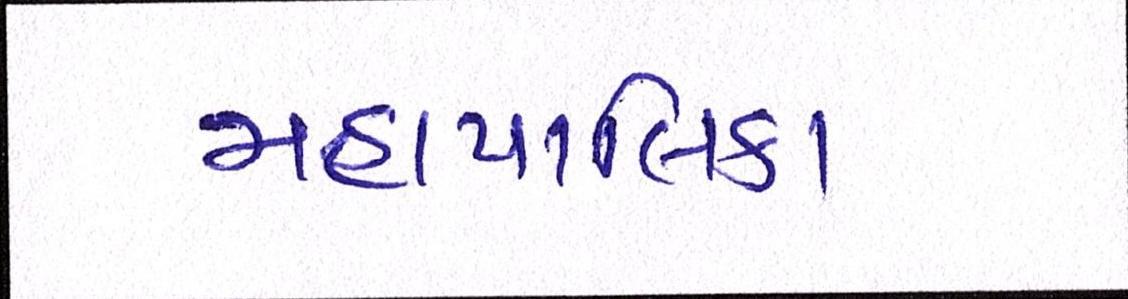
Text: મહાપાલિકા